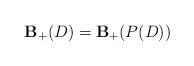
LaTeX: \begin{align*}\mathbf{B}_+(D) = \mathbf{B}_+(P(D))\end{align*}